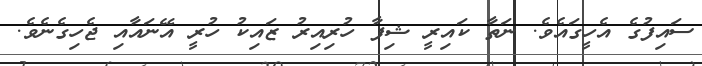
ސައިފުގެ އެހީގައެވެ. ނަތާ ކައިރީ ޝިފާ ހުރިއިރު ޒައިކު ހުރީ އޭނައާއި ޖެހިގެނެވެ.